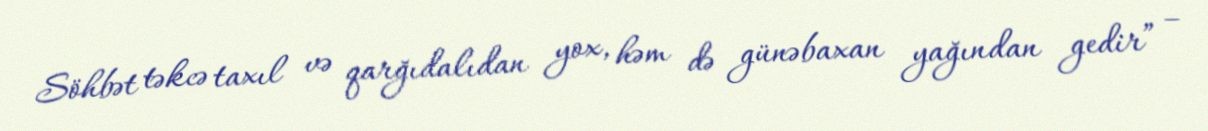
Söhbət təkcə taxıl və qarğıdalıdan yox, həm də günəbaxan yağından gedir” –